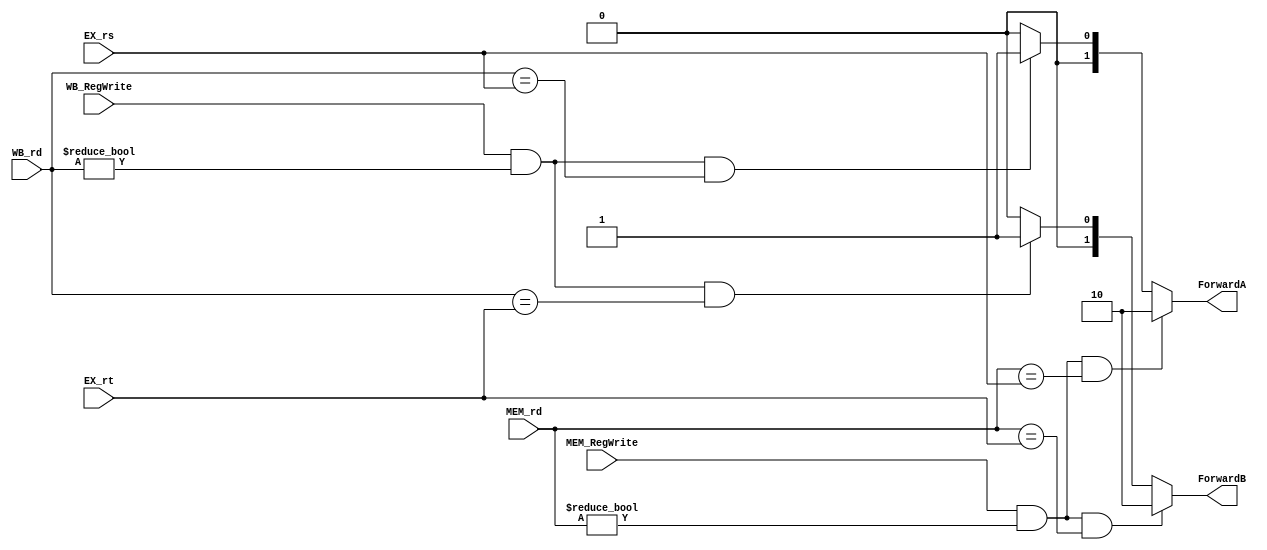
`timescale 1ns / 1ps
//////////////////////////////////////////////////////////////////////////////////
// Company: 
// Engineer: 
// 
// Design Name: 
// Module Name: Forwarding
// Project Name: 
// Target Devices: 
// Tool Versions: 
// Description: 
// 
// Dependencies: 
// 
// Revision:
// Revision 0.01 - File Created
// Additional Comments:
// 
//////////////////////////////////////////////////////////////////////////////////


module Forwarding(
input MEM_RegWrite,WB_RegWrite,
input [4:0] MEM_rd,WB_rd,EX_rs,EX_rt,
output reg [1:0] ForwardA, ForwardB);
initial begin
ForwardA <= 2'b00;
ForwardB <= 2'b00;
end
always @(*)
begin
if(MEM_RegWrite && (MEM_rd !=0) && (MEM_rd == EX_rs)) ForwardA <= 2'b10;
else if (WB_RegWrite && (WB_rd != 0) && (WB_rd == EX_rs)) ForwardA <= 2'b01;
else ForwardA <= 2'b00;

if(MEM_RegWrite && (MEM_rd !=0) && (MEM_rd == EX_rt)) ForwardB <= 2'b10;
else if (WB_RegWrite && (WB_rd != 0) && (WB_rd == EX_rt)) ForwardB <= 2'b01;
else ForwardB <= 2'b00;

end

endmodule